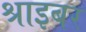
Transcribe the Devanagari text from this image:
श्राइबर